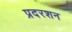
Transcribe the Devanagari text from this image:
प्रदरशन